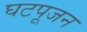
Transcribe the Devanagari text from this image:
घटपूजन